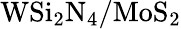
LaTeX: \mathrm{WSi_{2}N_{4}/MoS_{2}}